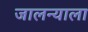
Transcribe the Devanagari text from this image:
जालन्याला